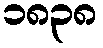
၁၈၃၈